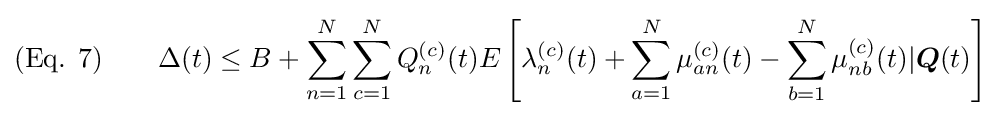
{\text{(Eq. 7)}}\qquad \Delta (t)\leq B+\sum _{n=1}^{N}\sum _{c=1}^{N}Q_{n}^{(c)}(t)E\left[\lambda _{n}^{(c)}(t)+\sum _{a=1}^{N}\mu _{an}^{(c)}(t)-\sum _{b=1}^{N}\mu _{nb}^{(c)}(t)|{\boldsymbol {Q}}(t)\right]